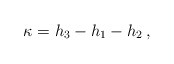
\begin{align*}\kappa = h_3 - h_1 - h_2 \,,\end{align*}